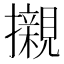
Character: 𭣋